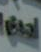
اميم